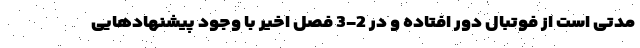
مدتی است از فوتبال دور افتاده و در 2-3 فصل اخیر با وجود پیشنهادهایی